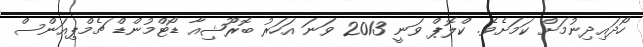
ހޯދައިދިނުމަށް ކަމަށެވެ. ކްލޮޕް ވަނީ 2013 ވަނަ އަހަރު ބޮރޫޝިއާ ޑޯޓްމުންޑް ޗެމްޕިއަންސް